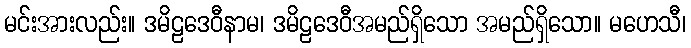
မင်းအားလည်း။ ဒမိဠဒေဝီနာမ၊ ဒမိဠဒေဝီအမည်ရှိသော အမည်ရှိသော။ မဟေသီ၊